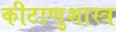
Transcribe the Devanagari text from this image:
कीटाणुशास्त्र